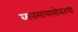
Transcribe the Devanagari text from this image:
व्यवसायासोबतची